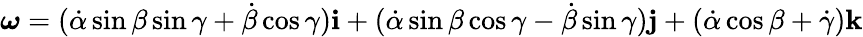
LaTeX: {\boldsymbol{\omega}}=({\dot{\alpha}}\sin\beta\sin\gamma+{\dot{\beta}}\cos\gamma)\mathbf{i}+({\dot{\alpha}}\sin\beta\cos\gamma-{\dot{\beta}}\sin\gamma)\mathbf{j}+({\dot{\alpha}}\cos\beta+{\dot{\gamma}})\mathbf{k}